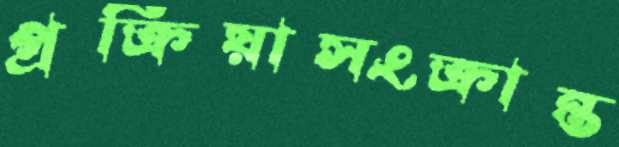
প্রক্রিয়াসংক্রান্ত